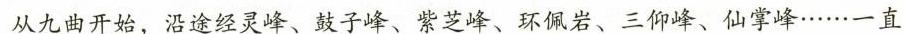
从九曲开始，沿途经灵峰、鼓子峰、紫芝峰、环佩岩、三仰峰、仙掌峰……一直